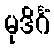
မုဒိင်္ဂံ